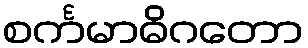
စင်္ကမာဓိဂတော